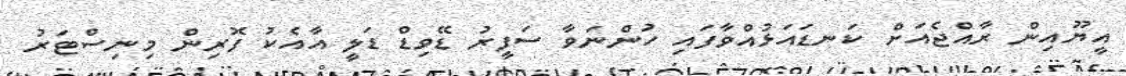
އީޔޫއިން ރާއްޖެއަށް ކަނޑައަޅުއްވާފައި ހުންނަވާ ސަފީރު ޑޭވިޑް ޑަލީ އާއެކު ފޮރިން މިނިސްޓަރު